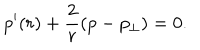
p ^ { \prime } ( r ) + \frac { 2 } { r } ( p - p _ { \perp } ) = 0 .